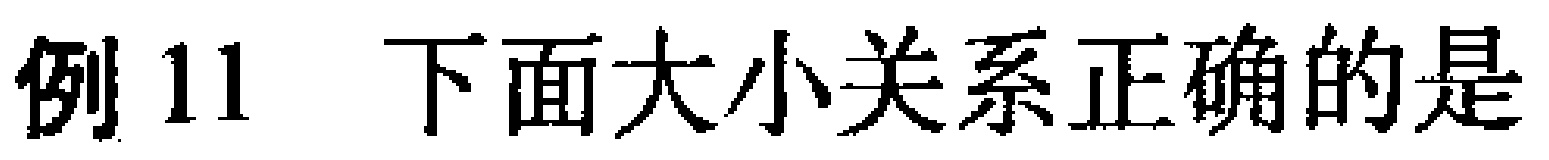
例 11 下面大小关系正确的是